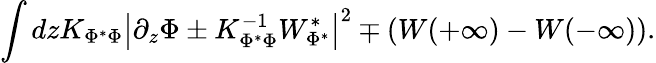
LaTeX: \int dzK_{\Phi^{*}\Phi}\left|\partial_{z}\Phi\pm K_{\Phi^{*}\Phi}^{-1}W_{\Phi^{*}}^{*}\right|^{2}\mp\left(W(+\infty)-W(-\infty)\right).